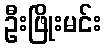
ဦးဖြိုးမင်း